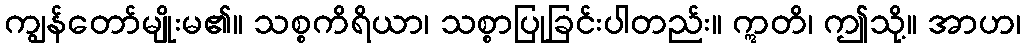
ကျွန်တော်မျိုးမ၏။ သစ္စကိရိယာ၊ သစ္စာပြုခြင်းပါတည်း။ ဣတိ၊ ဤသို့။ အာဟ၊